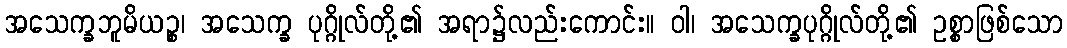
အသေက္ခဘူမိယဉ္စ၊ အသေက္ခ ပုဂ္ဂိုလ်တို့၏ အရာ၌လည်းကောင်း။ ဝါ၊ အသေက္ခပုဂ္ဂိုလ်တို့၏ ဥစ္စာဖြစ်သော